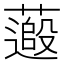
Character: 𫉽